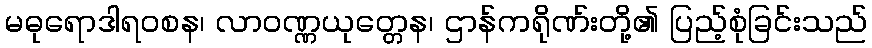
မဓုရောဒါရဝစန၊ လာဝဏ္ဏယုတ္တေန၊ ဌာန်ကရိုဏ်းတို့၏ ပြည့်စုံခြင်းသည်